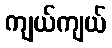
ကျယ်ကျယ်